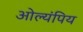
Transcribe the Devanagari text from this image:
ओल्यंपिय